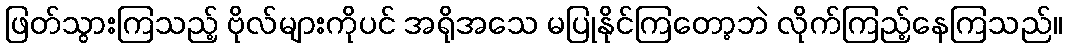
ဖြတ်သွားကြသည့် ဗိုလ်များကိုပင် အရိုအသေ မပြုနိုင်ကြတော့ဘဲ လိုက်ကြည့်နေကြသည်။